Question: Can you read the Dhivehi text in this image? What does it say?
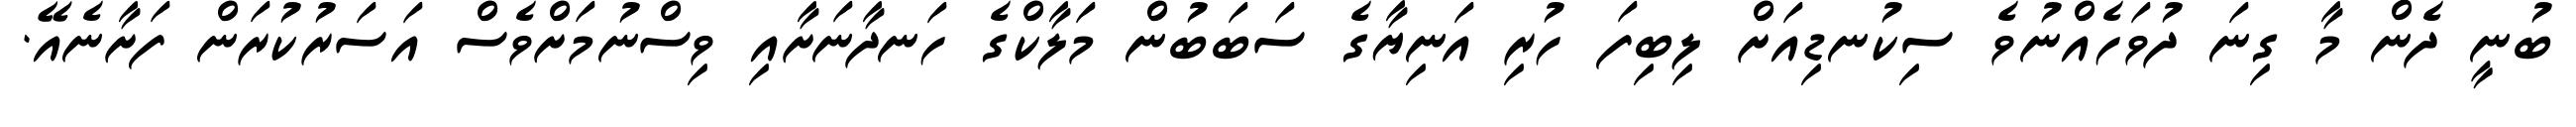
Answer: ބުނީ ދެން މާ ގިނަ ދުވަހެއްނުވެ ސިކުނޑިއަށް ލިބިފަ ހުރި އަނިޔާގެ ސަބަބުން މަލާކްގެ ހަނދާނަށާއި ވިސްނުމަށްވެސް އަސަރުކުރަން ފަށާނެއޭ.